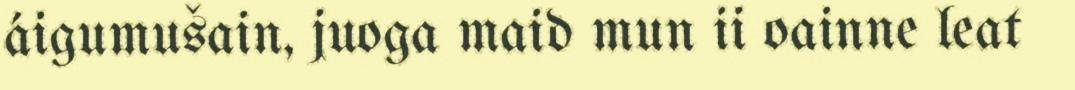
áigumušain, juoga maid mun ii oainne leat